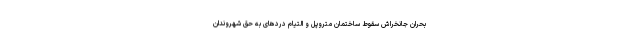
بحران جانخراش سقوط ساختمان متروپل و التیام درد‌های به حق شهروندان